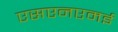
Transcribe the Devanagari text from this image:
एसएनएमई